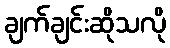
ချက်ချင်းဆိုသလို